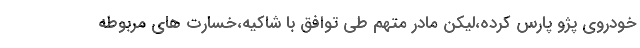
خودروی پژو پارس کرده،لیکن مادر متهم طی توافق با شاکیه،خسارت های مربوطه